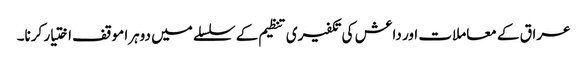
عراق کے معاملات اور داعش کی تکفیری تنظیم کے سلسلے میں دوہرا موقف اختیار کرنا۔